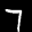
Label: 7